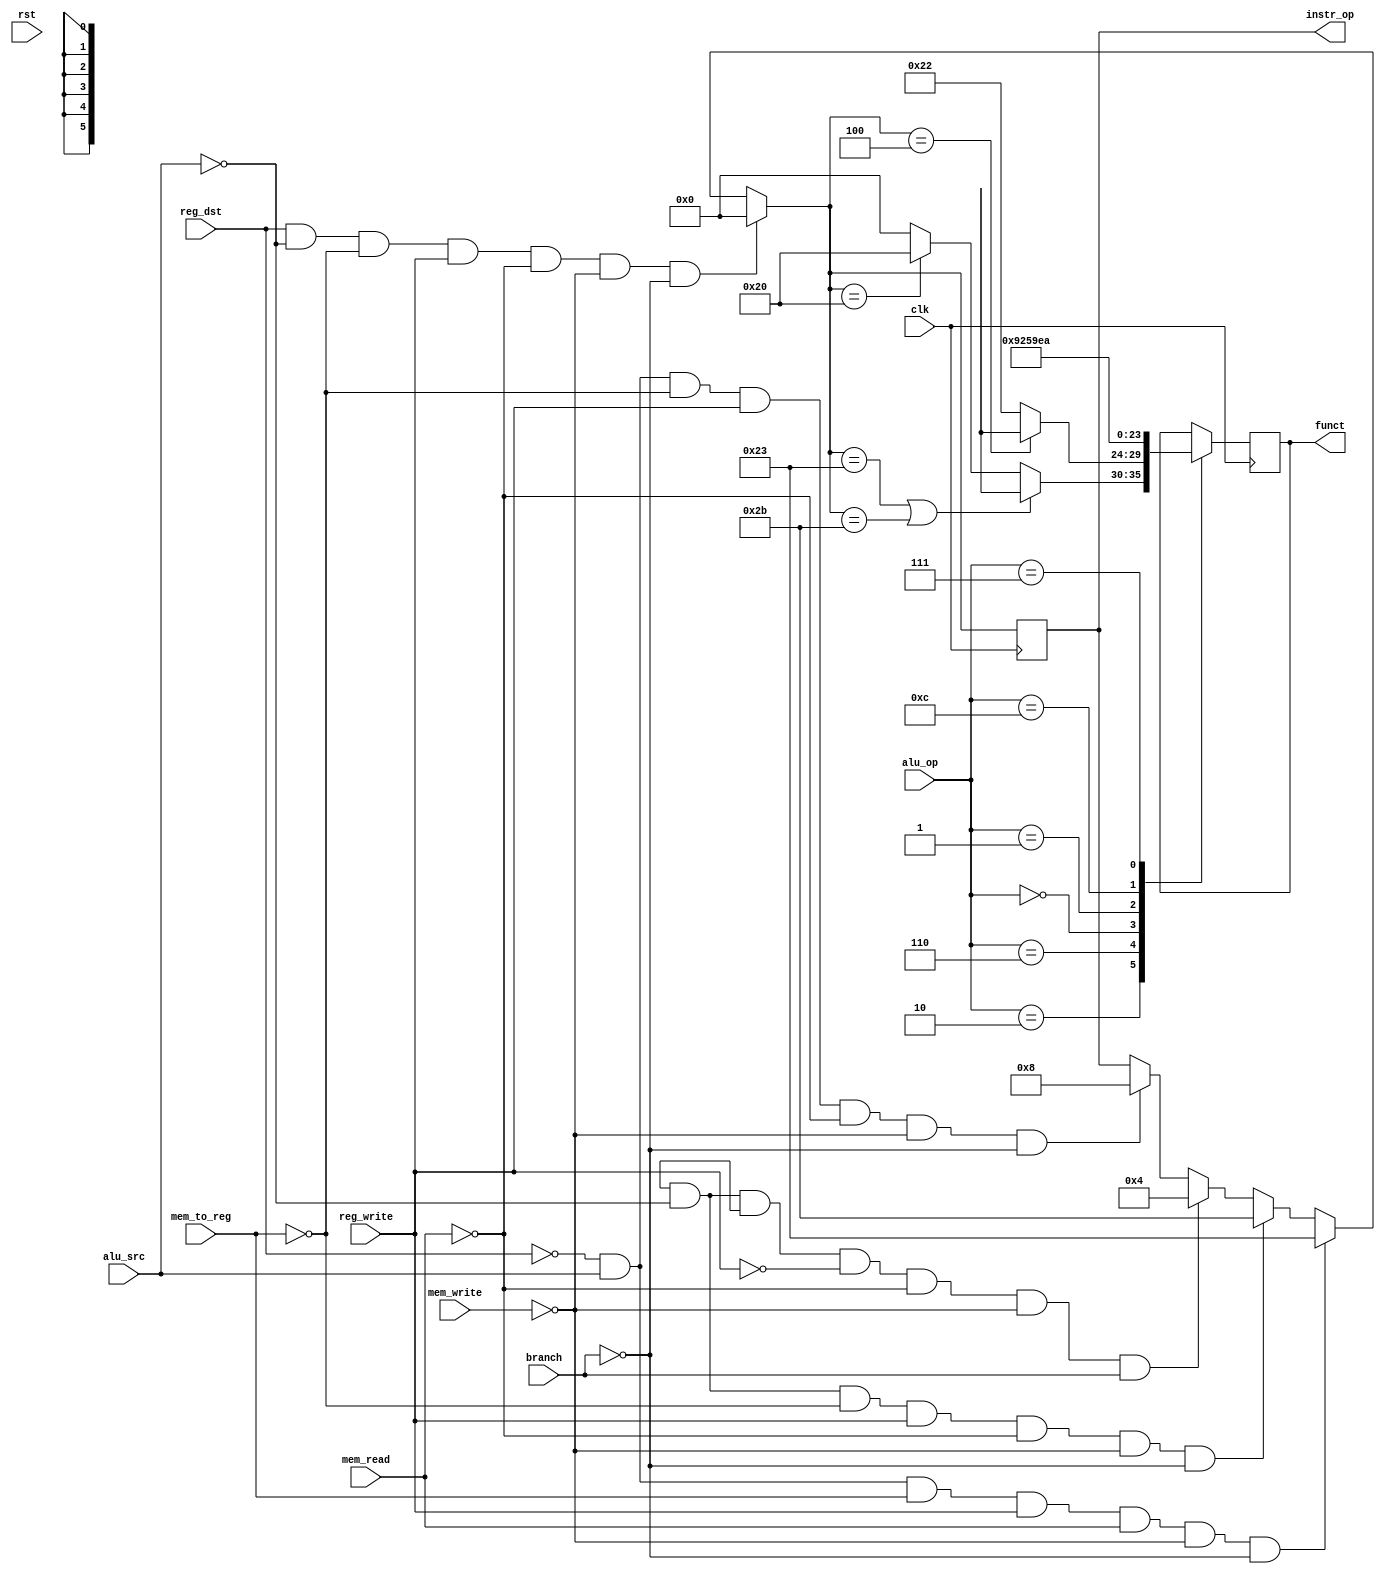
module cs161_datapath(
    clk ,     
    rst ,     
    instr_op ,
    funct   , 
    reg_dst , 
    branch  , 
    mem_read , 
    mem_to_reg ,
    alu_op    , 
    mem_write  ,
    alu_src  ,  
    reg_write ,    
	 
    // Debug Signals
   /* prog_count ,  
    instr_opcode ,  
    reg1_addr   ,  
    reg1_data  ,   
    reg2_addr  ,   
    reg2_data  ,   
    write_reg_addr ,
    write_reg_data*/
    );

 input wire  clk ; 
 input wire  rst ;
 
 output reg[5:0] instr_op ;
 output reg[5:0] funct  ;  
 
 input wire   reg_dst  ;
 input wire   branch   ;
 input wire   mem_read ;
 input wire   mem_to_reg ;
 input wire[3:0] alu_op  ;  
 input wire   mem_write ;
 input wire   alu_src   ; 
 input wire   reg_write  ;
 
// ----------------------------------------------
// Debug Signals
// ----------------------------------------------
 
/* 
 output wire[`WORD_SIZE-1:0]  prog_count ;
 output wire[5:0] instr_opcode   ;  
 output wire[4:0] reg1_addr     ;   
 output wire[`WORD_SIZE-1:0] reg1_data ;
 output wire[4:0] reg2_addr   ;   
 output wire[`WORD_SIZE-1:0] reg2_data ;
 output wire[4:0] write_reg_addr  ;
 output wire[`WORD_SIZE-1:0] write_reg_data ; 
 */
 
 /*
 alu alu_inst( alu_control_in,  channel_a_in , channel_b_in , zero_out , alu_result_out  );
 alu_control alu_control_inst(clk, reset,alu_op, instruction_5_0, alu_out);
 cpu_registers cpu_registers_inst(clk, rst, reg_write , read_register_1 , read_register_2, write_register, write_data,  read_data_1, read_data_2);
 cpumemory cpumemory_inst(clk, rst, instr_read_address, instr_instruction, data_mem_write, data_address, data_write_data, data_read_data);
 control_unit control_unit_inst  (clk, reset,instr_op,reg_dst_cu, branch_cu, mem_read_cu, mem_to_reg_cu, alu_op_cu, mem_write_cu, alu_src_cu, reg_write_cu);
 gen_register gen_register_inst( clk, rst, write_en, 	data_in, data_out );
 mux_2_1 mux_2_1_inst( select_in, datain1, datain2, data_out   );
*/

// Insert your solution below here.
always @(posedge clk)
begin: DATAPATH
	if ((reg_dst == 1'b1) && (alu_src == 1'b0) && (mem_to_reg == 1'b0) && (reg_write == 1'b1) && (mem_read == 1'b0) && (mem_write == 1'b0) && (branch == 1'b0)) begin
		instr_op = 6'b000000; //r-type
	end else if ((reg_dst == 1'b0) && (alu_src == 1'b1) && (mem_to_reg == 1'b1) && (reg_write == 1'b1) && (mem_read == 1'b1) && (mem_write == 1'b0) && (branch == 1'b0)) begin
		instr_op = 6'b100011; //lw
	end else if ((reg_dst == 1'bx) && (alu_src == 1'b0) && (mem_to_reg == 1'b0) && (reg_write == 1'b1) && (mem_read == 1'b0) && (mem_write == 1'b0) && (branch == 1'b0)) begin
		instr_op = 6'b101011; //sw
	end else if ((reg_dst == 1'bx) && (alu_src == 1'b0) && (mem_to_reg == 1'bx) && (reg_write == 1'b0) && (mem_read == 1'b0) && (mem_write == 1'b0) && (branch == 1'b1)) begin
		instr_op = 6'b000100; //beq
	end else if ((reg_dst == 1'b0) && (alu_src == 1'b1) && (mem_to_reg == 1'b0) && (reg_write == 1'b1) && (mem_read == 1'b0) && (mem_write == 1'b0) && (branch == 1'b0)) begin
		instr_op = 6'b001000; //imm
	end
	
	case(alu_op)
		4'b0010:
			begin
				if ((instr_op) == 6'b100011 || (instr_op) == 6'b101011)  
					funct = 6'bxxxxxx; //lw and sw
				else if ((instr_op) == 6'b100000)
					funct = 6'b100000; //add
				else
					funct = 6'b000000;
			end
		4'b0110:
		begin
			if ((instr_op) == 6'b000100)
				funct = 6'bxxxxxx; //beq
			else
				funct = 6'b100010; //sub
		end
		4'b0000:
		begin
			funct = 6'b100100; //and
		end
		4'b0001:
		begin
			funct = 6'b100101; //or
		end
		4'b1100:
		begin
			funct = 6'b100111; //nor
		end
		4'b0111:
		begin
			funct = 6'b101010; //set on less than
		end
		default: $display("default");
	endcase
end



endmodule